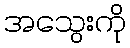
အသွေးကို